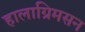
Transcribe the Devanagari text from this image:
हालाग्रिमसन